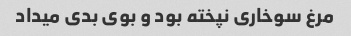
مرغ سوخاری نپخته بود و بوی بدی میداد